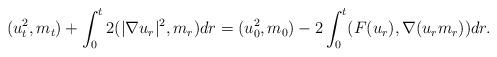
LaTeX: \begin{align*} (u_t^2, m_t) + \int_0^t 2( |\nabla u_r|^2, m_r) dr = (u_0^2,m_0) - 2 \int_0^t ( F(u_r) , \nabla( u_r m_r)) dr .\end{align*}